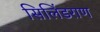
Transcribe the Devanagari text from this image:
सिलिंडराण